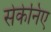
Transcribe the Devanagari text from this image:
सेकेनिए